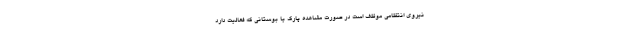
نیروی انتظامی موظف است در صورت مشاهده پارک یا بوستانی که فعالیت دارد